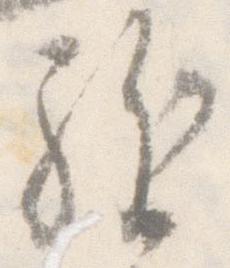
駈